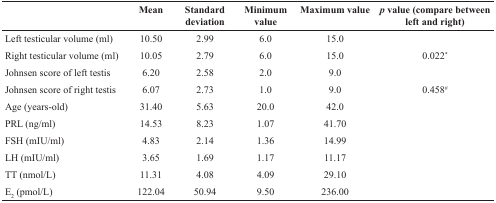
<table><thead><tr><td></td><td><b>Mean</b></td><td><b>Standard deviation</b></td><td><b>Minimum value</b></td><td><b>Maximum value</b></td><td><b><i>p</i> value (compare between left and right)</b></td></tr></thead><tbody><tr><td>Left testicular volume (ml)</td><td>10.50</td><td>2.99</td><td>6.0</td><td>15.0</td><td></td></tr><tr><td>Right testicular volume (ml)</td><td>10.05</td><td>2.79</td><td>6.0</td><td>15.0</td><td>0.022<sup>*</sup></td></tr><tr><td>Johnsen score of left testis</td><td>6.20</td><td>2.58</td><td>2.0</td><td>9.0</td><td></td></tr><tr><td>Johnsen score of right testis</td><td>6.07</td><td>2.73</td><td>1.0</td><td>9.0</td><td>0.458<sup>#</sup></td></tr><tr><td>Age (years-old)</td><td>31.40</td><td>5.63</td><td>20.0</td><td>42.0</td><td></td></tr><tr><td>PRL (ng/ml)</td><td>14.53</td><td>8.23</td><td>1.07</td><td>41.70</td><td></td></tr><tr><td>FSH (mIU/ml)</td><td>4.83</td><td>2.14</td><td>1.36</td><td>14.99</td><td></td></tr><tr><td>LH (mIU/ml)</td><td>3.65</td><td>1.69</td><td>1.17</td><td>11.17</td><td></td></tr><tr><td>TT (nmol/L)</td><td>11.31</td><td>4.08</td><td>4.09</td><td>29.10</td><td></td></tr><tr><td>E<sub>2</sub> (pmol/L)</td><td>122.04</td><td>50.94</td><td>9.50</td><td>236.00</td><td></td></tr></tbody></table>